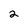
Character: 2